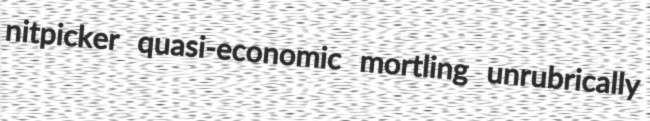
nitpicker quasi-economic mortling unrubrically